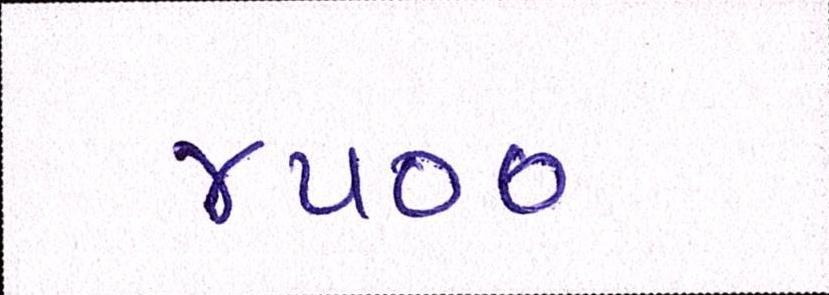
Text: ૪૫૦૦